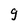
Character: g